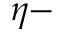
\eta -